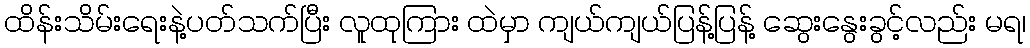
ထိန်းသိမ်းရေးနဲ့ပတ်သက်ပြီး လူထုကြား ထဲမှာ ကျယ်ကျယ်ပြန့်ပြန့် ဆွေးနွေးခွင့်လည်း မရ၊